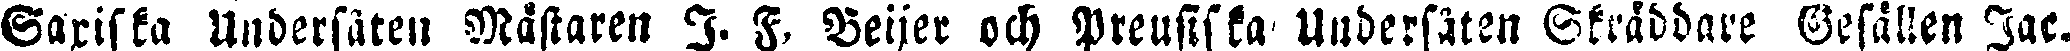
Sariska Undersäten Mästaren J. F. Beijer och Preusiska Uudersåten Skräddare Gesällen Jac.